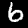
Label: 6